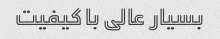
بسیار عالی با کیفیت